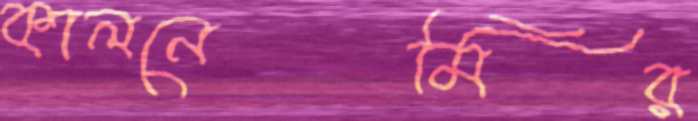
কালনেমির